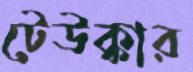
টেউক্কার